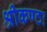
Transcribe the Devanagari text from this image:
श्रीकण्ठः